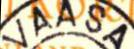
VAASA